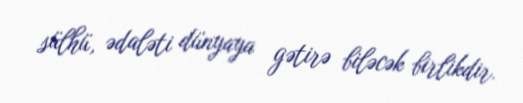
sülhü, ədaləti dünyaya gətirə biləcək birlikdir.